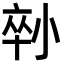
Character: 𡮇